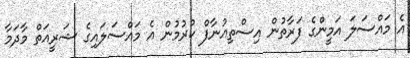
އެ މައްސަލަ އަމީންގެ ފަރާތުން އިސްތިއުނާފް ކުރުމުން އެ މައްސަލައިގެ ޝަރީއަތް މާދަމާ